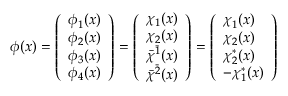
\phi ( x ) = \left( \begin{array} { l } { { \phi _ { 1 } ( x ) } } \\ { { \phi _ { 2 } ( x ) } } \\ { { \phi _ { 3 } ( x ) } } \\ { { \phi _ { 4 } ( x ) } } \end{array} \right) = \left( \begin{array} { l } { { \chi _ { 1 } ( x ) } } \\ { { \chi _ { 2 } ( x ) } } \\ { { \bar { \chi } ^ { \bar { 1 } } ( x ) } } \\ { { \bar { \chi } ^ { \bar { 2 } } ( x ) } } \end{array} \right) = \left( \begin{array} { l } { { \chi _ { 1 } ( x ) } } \\ { { \chi _ { 2 } ( x ) } } \\ { { \chi _ { 2 } ^ { * } ( x ) } } \\ { { - \chi _ { 1 } ^ { * } ( x ) } } \end{array} \right)